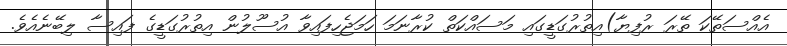
އެއްސަތޭކަ ތޭރަ ރުފިޔާ)އިތުރުގަޑީގައި މަސައްކަތް ކުރާނަމަ ހަމަޖެހިފައިވާ އުސޫލުން އިތުރުގަޑީގެ ފައިސާ ލިބޭނެއެވެ.